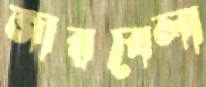
জারবেলা